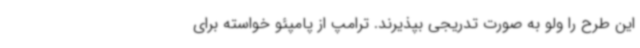
این طرح را ولو به صورت تدریجی بپذیرند. ترامپ از پامپئو خواسته برای